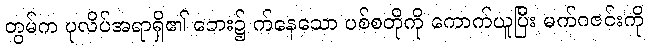
တွမ်က ပုလိပ်အရာရှိ၏ ဘေး၌ က်နေသော ပစ်စတိုကို ကောက်ယူပြီး မက်ဂဇင်းကို